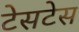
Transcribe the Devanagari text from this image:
टेसटेस